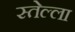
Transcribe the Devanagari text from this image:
स्तेल्ला